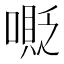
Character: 𠹰